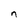
Character: n